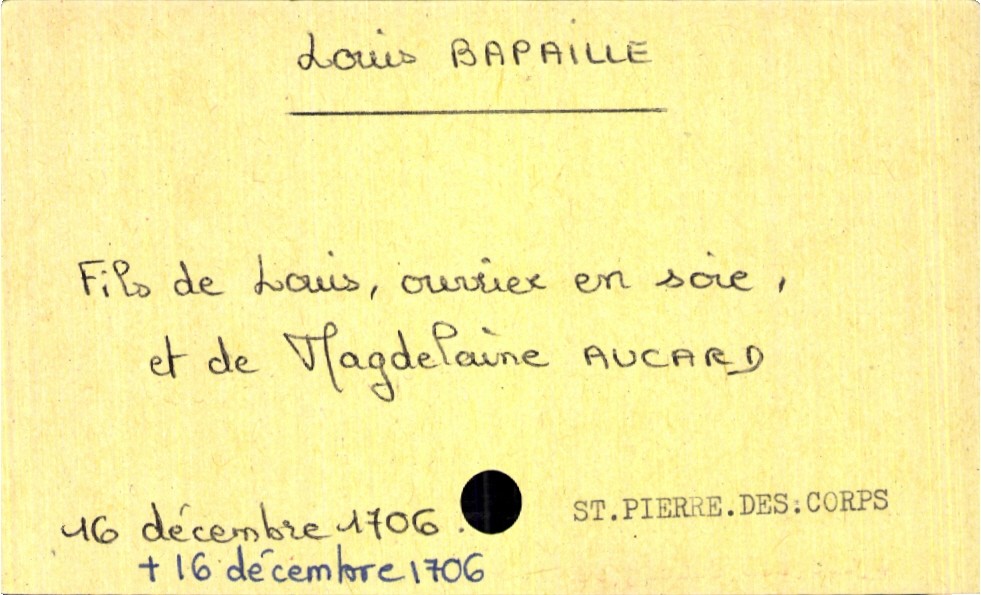
type_acte: Baptême
filiation: fils
enfant_prénom: Louis
enfant_date_de_naissance: 16 décembre 1706
enfant_lieu_de_naissance: Saint Pierre des Corps
enfant_date_de_décès: 16 décembre 1706
enfant_lieu_de_décès: Saint Pierre des Corps
père_enfant_nom: Bapaille
père_enfant_prénom: Louis
père_enfant_profession: ouvrier de soie
mère_enfant_nom: Aucard
mère_enfant_prénom: Magdelaine